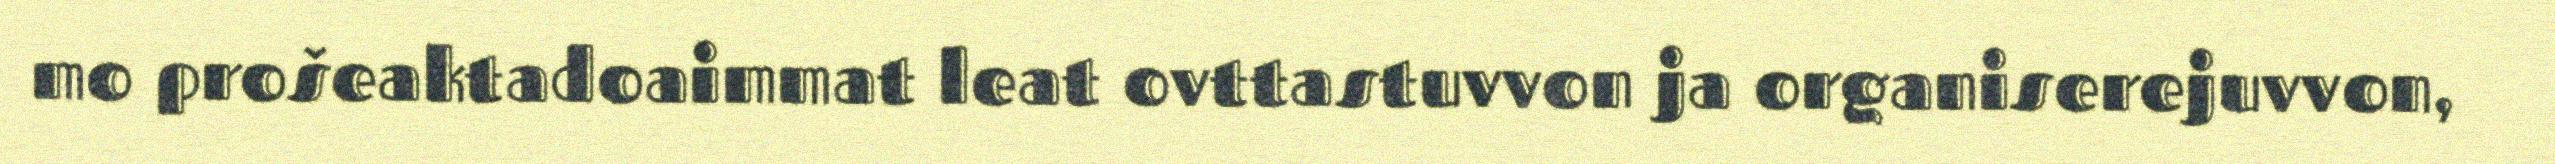
mo prošeaktadoaimmat leat ovttastuvvon ja organiserejuvvon,